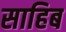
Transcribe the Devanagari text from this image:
साहिब